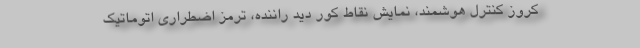
کروز کنترل هوشمند، نمایش نقاط کور دید راننده، ترمز اضطراری اتوماتیک